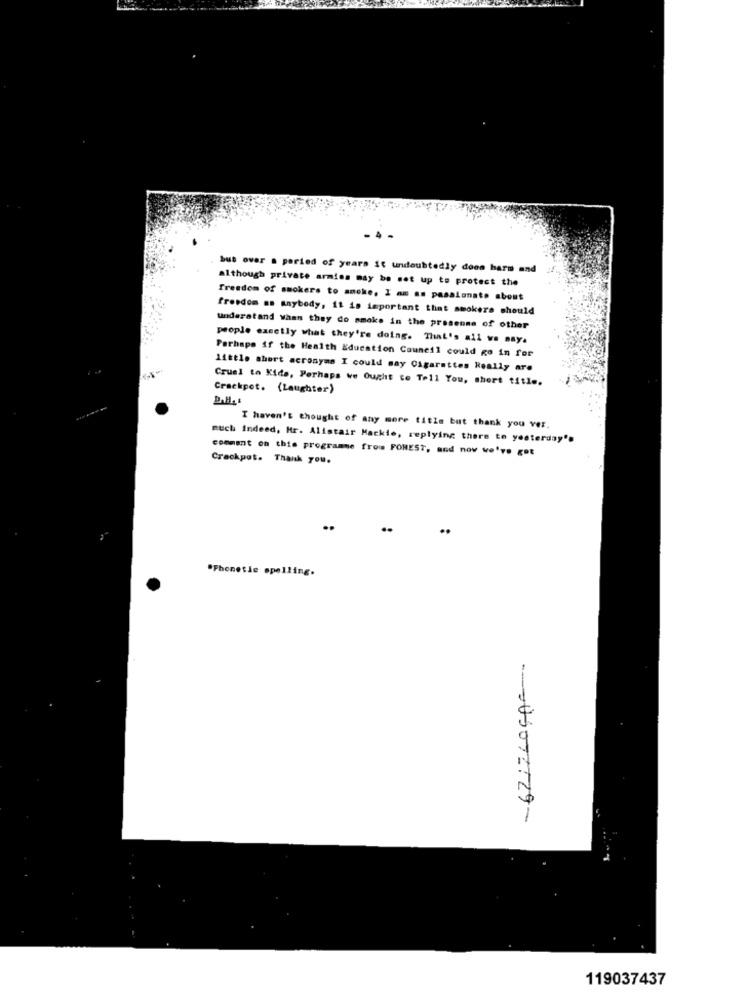
but over a period of years it undoubtedly doen barm and
although private armies may be set up to protect the
freedom of smokers to smoke. I am as passionate about
freedom as Anybody, it is important that smokers should
understand When they do smoke in the presense of other
people casetly what they're doing. That's all we may.
Perhaps if the Health Education Council could go in for
Little short acronyms I could say Cigarettes Really are
Cruel to Kids, Perhaps we Ought to Tell You, short title.
Crackpet. (Laughter)
Dallas
I haven't thought of any more title but thank you ver.
much indeed, Mr. Alistair Mackie, replying there to yesterday's
comment on this programme from FOREST, and now we've got
Crackpot. Thank you.
"Phonetic spelling.
-- 05072729-
119037437